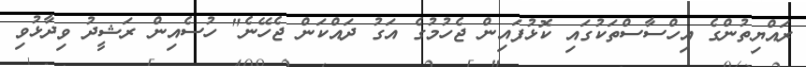
ރައްޔިތުންގެ އިހްސާސްތަކުގައި ކޮޅުފައިން ޖެހުމުގެ އަގު ދައްކަން ޖެހޭނެ" ހުސެއިން ރަޝީދު ވިދާޅުވި